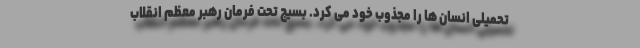
تحمیلی انسان ها را مجذوب خود می کرد. بسیج تحت فرمان رهبر معظم انقلاب